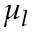
\mu _ { l }